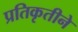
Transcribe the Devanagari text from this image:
प्रतिकृतीने